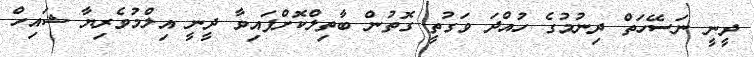
ދީނީ ނަސޭހަތް ދިނުމުގެ ހުއްދަ ވަގުތީ ގޮތުން ބާތިލްކޮށްފައިވާ ދީނީ އިލްމުވެރިޔާ ޝައިހް